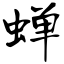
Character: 蝉